Burma Government Medical School reports 1923-41
Year: 1923
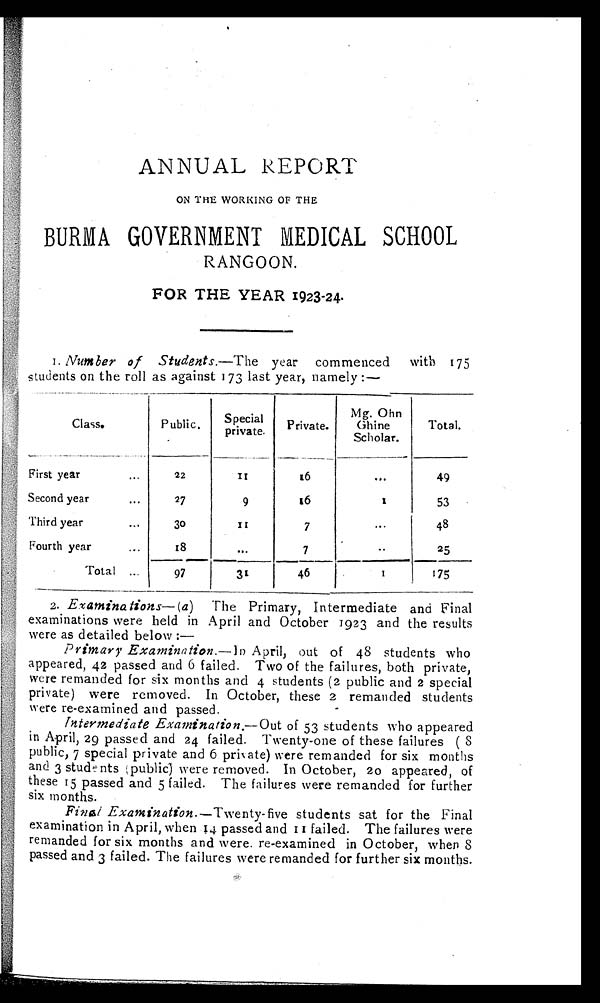
ANNUAL REPORT
ON THE WORKING OF THE
BURMA GOVERNMENT MEDICAL SCHOOL
RANGOON.
FOR THE YEAR 1923-24.
1. Number of Students.—The year commenced with 175
students on the roll as against 173 last year, namely:—
Class.
Public.
Special
private.
Private.
Mg. Ohn
Ghine
Scholar.
Total.
First year . . .
22
1 1
16
. . .
49
Second year . . .
27
9
16
1
53
Third year . . .
3 0
1 1
7
. . .
48
Fourth year . . .
18
. . .
7
. . .
25
Total . . .
97
31
46
1
175
2. Examinations—( a ) The Primary, Intermediate and Final
examinations were held in April and October 1923 and the results
were as detailed below
: —
Primary Examination.— ln April, out of 48 students who
appeared, 42 passed and 6 failed. Two of the failures, both private,
were remanded for six months and 4 students (2 public and 2 special
private) were removed. In October, these 2 remanded students
were re-examined and passed.
-
Intermediate Examination.— Out of 53 students who appeared
in April, 29 passed and 24 failed. Twenty-one of these failures (
8 public, 7 special private and 6 private) were remanded for six months
and 3 students (public) were removed. In October, 20 appeared, of
these 15 passed and 5 failed. The failures were remanded for further
six months.
Final Examination.— Twenty-five students sat for the Final
examination in April, when 14 passed and 11 failed. The failures were
remanded for six months and were. re-examined in October, when 8
passed and 3 failed. The failures were remanded for further six months.